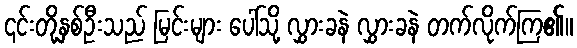
၎င်းတို့နှစ်ဦးသည် မြင်းများ ပေါ်သို့ လွှားခနဲ လွှားခနဲ တက်လိုက်ကြ၏။